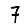
Digit: 7